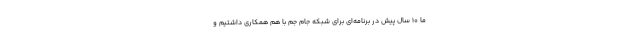
ما ۱۰ سال پیش در برنامه‌ای برای شبکه جام جم با هم همکاری داشتیم و